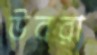
উবরা